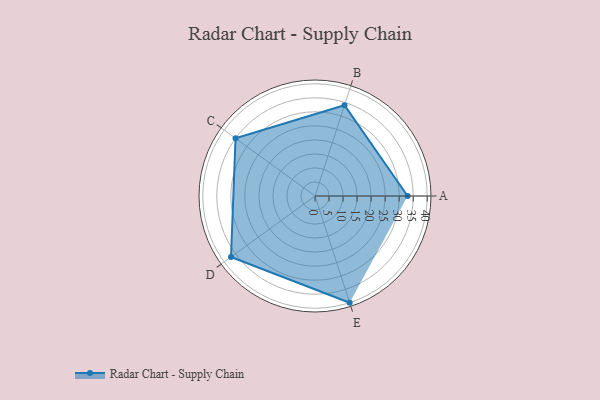
{"axis": {"x": "Skill", "y": "Score"}, "legend": ["Profile"], "data": [{"x": "A", "y": 33.0, "type": "Profile"}, {"x": "B", "y": 34.0, "type": "Profile"}, {"x": "C", "y": 35.0, "type": "Profile"}, {"x": "D", "y": 37.0, "type": "Profile"}, {"x": "E", "y": 40.0, "type": "Profile"}]}